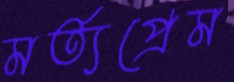
মর্ত্যপ্রেম